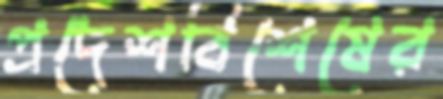
প্রদেশবিশেষের